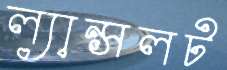
ল্যান্সলট